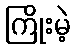
ကြိုးမဲ့